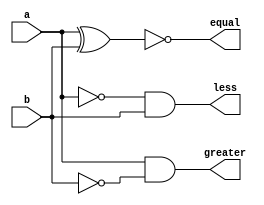
module comp(input a, b , output less , output greater , output equal);
assign equal=~(a^b);
assign less=(~a) & b;
assign greater=a&(~b);
endmodule

module eight_bit_comp(input[7:0]a,b ,output less, output greater, output equal);
wire [7:0]e,l,g;
comp c0(a[0],b[0],l[0],g[0],e[0]);
comp c1(a[1],b[1],l[1],g[1],e[1]);
comp c2(a[2],b[2],l[2],g[2],e[2]);
comp c3(a[3],b[3],l[3],g[3],e[3]);
comp c4(a[4],b[4],l[4],g[4],e[4]);
comp c5(a[5],b[5],l[5],g[5],e[5]);
comp c6(a[6],b[6],l[6],g[6],e[6]);
comp c7(a[7],b[7],l[7],g[7],e[7]);
assign equal = (e[0]& e[1] &e[2] &e[3] &e[4] &e[5] &e[6]& e[7]);
assign greater= (g[7]|(g[6]&e[7])|(g[5]&e[7]&e[6])|(g[4]&e[7]&e[6]&e[5])|(g[3]&e[7]&e[6]&e[5]&e[4])|(g[2]&e[7]&e[6]&e[5]&e[4]&e[3])|(g[1]&e[7]&e[6]&e[5]&e[4]&e[3]&e[2])|(g[0]&e[7]&e[6]&e[5]&e[4]&e[3]&e[2]&e[1]));
assign less=(~equal & ~greater);
endmodule

module test_bench;
reg[7:0]a;
reg[7:0]b;
wire less;
wire greater;
wire equal;
eight_bit_comp q(a,b,less,greater,equal);
initial begin
$display("a compared with b gives less greater equal");
a=125 ;
b=140;#1;
$display("%b compared with %b gives %b %b %b",a,b,less,greater,equal);
a=200;
b=200;#1;
$display("%b compared with %b gives %b %b %b",a,b,less,greater,equal);
a=210;
b=200;#1;
$display("%b compared with %b gives %b %b %b",a,b,less,greater,equal);
a=210;
b=200;#1;
$display("%b compared with %b gives %b %b %b",a,b,less,greater,equal);
a=2;
b=1;#1;
$display("%b compared with %b gives %b %b %b",a,b,less,greater,equal);
a=10;
b=20;#1;
$display("%b compared with %b gives %b %b %b",a,b,less,greater,equal);
a=210;
b=130;#1;
$display("%b compared with %b gives %b %b %b",a,b,less,greater,equal);
a=100;
b=100;#1;
$display("%b compared with %b gives %b %b %b",a,b,less,greater,equal);
a=210;
b=20;#1;
$display("%b compared with %b gives %b %b %b",a,b,less,greater,equal);
a=21;
b=200;#1;
$display("%b compared with %b gives %b %b %b",a,b,less,greater,equal);
end
initial begin
  #15 $finish;
end
endmodule